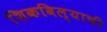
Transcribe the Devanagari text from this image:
शिकविल्याची